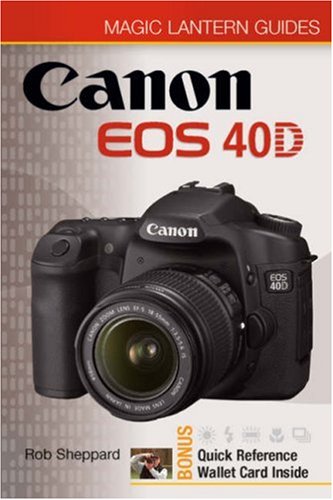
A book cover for Magic Lantern Guides: Canon EOS 40D; Rob Sheppard; Engineering & Transportation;